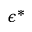
\epsilon ^ { * }